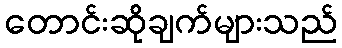
တောင်းဆိုချက်များသည်